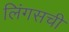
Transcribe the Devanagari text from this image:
लिंगसची